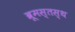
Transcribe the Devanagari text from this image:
ब्रूमस्तस्थ